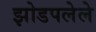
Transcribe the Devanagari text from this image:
झोडपलेले